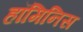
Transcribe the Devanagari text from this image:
हॉमिनिस